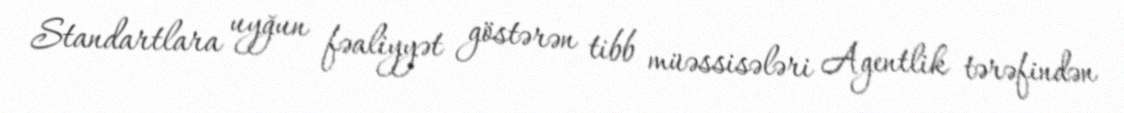
Standartlara uyğun fəaliyyət göstərən tibb müəssisələri Agentlik tərəfindən